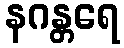
နဂန္တရေ